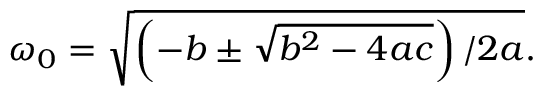
\omega _ { 0 } = \sqrt { \left( - b \pm \sqrt { b ^ { 2 } - 4 a c } \right) / 2 a } .